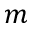
m